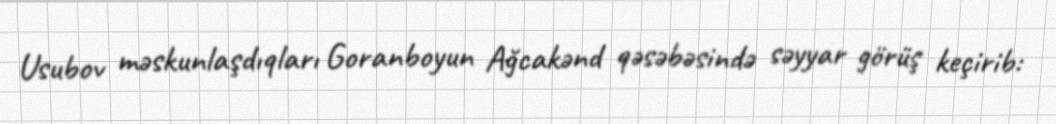
Usubov məskunlaşdıqları Goranboyun Ağcakənd qəsəbəsində səyyar görüş keçirib: